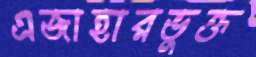
এজাহারভুক্ত